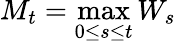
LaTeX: M_{t}=\operatorname*{max}_{0\leq s\leq t}W_{s}